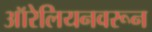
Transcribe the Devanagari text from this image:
ऑरेलियनवरून